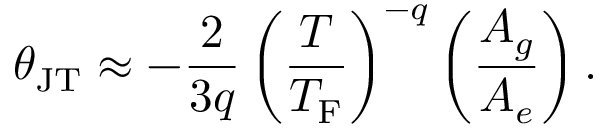
\theta _ { \mathrm { J T } } \approx - \frac { 2 } { 3 q } \left( \frac { T } { T _ { \mathrm { F } } } \right) ^ { - q } \left( \frac { A _ { g } } { A _ { e } } \right) .